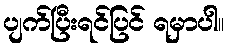
ပျက်ပြီးရင်ပြင် ရမှာပါ။